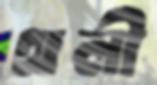
থলী